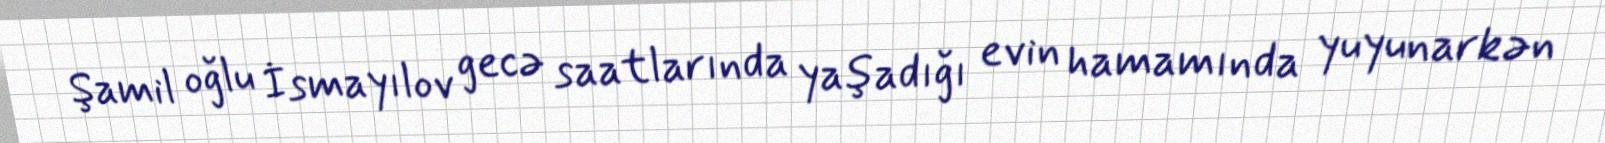
Şamil oğlu İsmayılov gecə saatlarında yaşadığı evin hamamında yuyunarkən